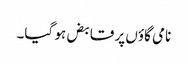
نامی گاؤں پر قابض ہو گیا۔